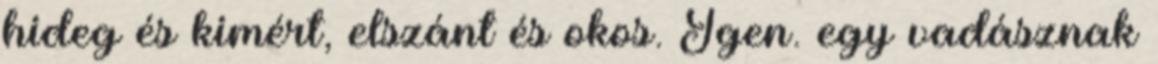
hideg és kimért, elszánt és okos. Igen. egy vadásznak